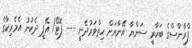
ފްރާންސްގެ ބަކާރީ ސަންޔާ އޭނާއަށް ހިތްވަރުދެނީ --- ފޮޓޯ/ އޭޕީ ދެކުނު އެމެރިކާގެ